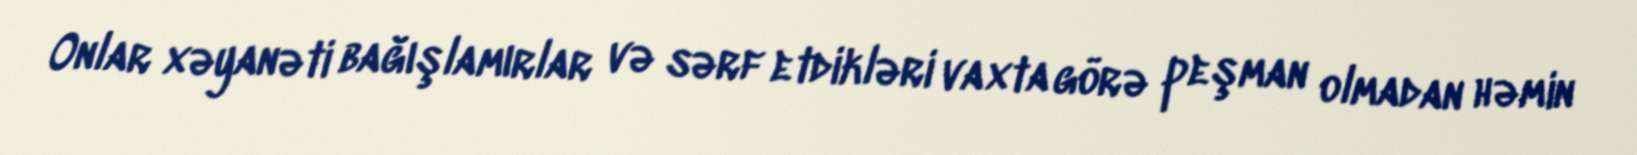
Onlar xəyanəti bağışlamırlar və sərf etdikləri vaxta görə peşman olmadan həmin